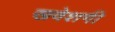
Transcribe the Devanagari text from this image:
खवेशगी